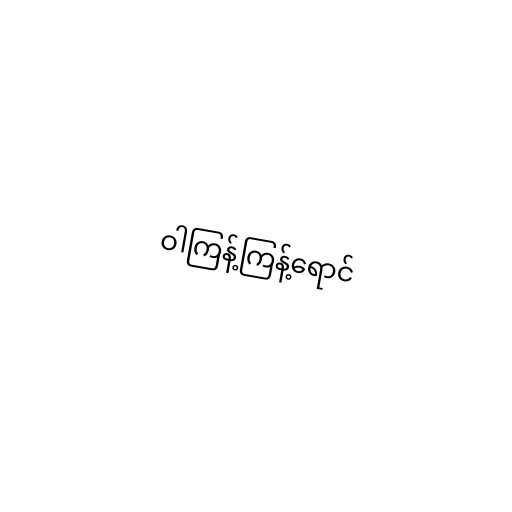
ဝါကြန့်ကြန့်ရောင်